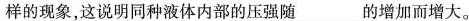
样的现象，这说明同种液体内部的压强随___的增加而增大。